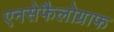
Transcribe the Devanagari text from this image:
एनसेफैलोग्राफ